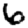
Digit: 6